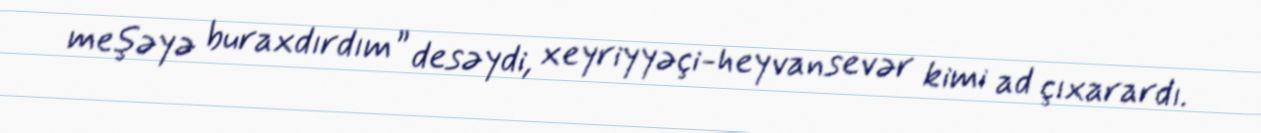
meşəyə buraxdırdım” desəydi, xeyriyyəçi-heyvansevər kimi ad çıxarardı.